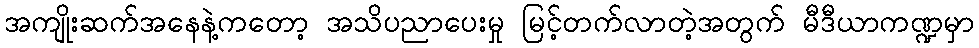
အကျိုးဆက်အနေနဲ့ကတော့ အသိပညာပေးမှု မြင့်တက်လာတဲ့အတွက် မီဒီယာကဏ္ဍမှာ